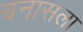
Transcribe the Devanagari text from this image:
बनासला